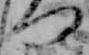
つ